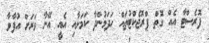
ފޮރެސްޓާ އެއް ގޮތް ޕްރޮޖެކްޓުތައް ހަދަމުންދާ ކަމަށާއި އެއީ އޭނާ ވަރަށް އުފާވާ